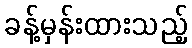
ခန့်မှန်းထားသည့်